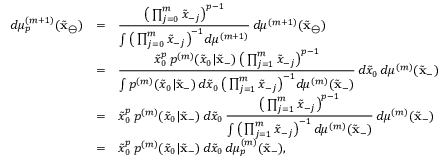
\begin{array} { r c l } { d \mu _ { p } ^ { ( m + 1 ) } ( \tilde { \mathbf { x } } _ { \ominus } ) } & { = } & { \displaystyle \frac { \big ( \prod _ { j = 0 } ^ { m } \tilde { x } _ { - j } \big ) ^ { p - 1 } } { \int \big ( \prod _ { j = 0 } ^ { m } \tilde { x } _ { - j } \big ) ^ { - 1 } d \mu ^ { ( m + 1 ) } } \, d \mu ^ { ( m + 1 ) } ( \tilde { \mathbf { x } } _ { \ominus } ) } \\ & { = } & { \displaystyle \frac { \tilde { x } _ { 0 } ^ { p } \, p ^ { ( m ) } ( \tilde { x } _ { 0 } | \tilde { \mathbf { x } } _ { - } ) \, \big ( \prod _ { j = 1 } ^ { m } \tilde { x } _ { - j } \big ) ^ { p - 1 } } { \int p ^ { ( m ) } ( \tilde { x } _ { 0 } | \tilde { \mathbf { x } } _ { - } ) \, d \tilde { x } _ { 0 } \, \big ( \prod _ { j = 1 } ^ { m } \tilde { x } _ { - j } \big ) ^ { - 1 } d \mu ^ { ( m ) } ( \tilde { \mathbf { x } } _ { - } ) } \, d \tilde { x } _ { 0 } \, d \mu ^ { ( m ) } ( \tilde { \mathbf { x } } _ { - } ) } \\ & { = } & { \displaystyle \tilde { x } _ { 0 } ^ { p } \, p ^ { ( m ) } ( \tilde { x } _ { 0 } | \tilde { \mathbf { x } } _ { - } ) \, d \tilde { x } _ { 0 } \, \frac { \big ( \prod _ { j = 1 } ^ { m } \tilde { x } _ { - j } \big ) ^ { p - 1 } } { \int \big ( \prod _ { j = 1 } ^ { m } \tilde { x } _ { - j } \big ) ^ { - 1 } \, d \mu ^ { ( m ) } ( \tilde { \mathbf { x } } _ { - } ) } \, d \mu ^ { ( m ) } ( \tilde { \mathbf { x } } _ { - } ) } \\ & { = } & { \displaystyle \tilde { x } _ { 0 } ^ { p } \, p ^ { ( m ) } ( \tilde { x } _ { 0 } | \tilde { \mathbf { x } } _ { - } ) \, d \tilde { x } _ { 0 } \, d \mu _ { p } ^ { ( m ) } ( \tilde { \mathbf { x } } _ { - } ) , } \end{array}